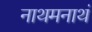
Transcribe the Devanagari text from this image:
नाथमनाथं